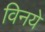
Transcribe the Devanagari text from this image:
विनये